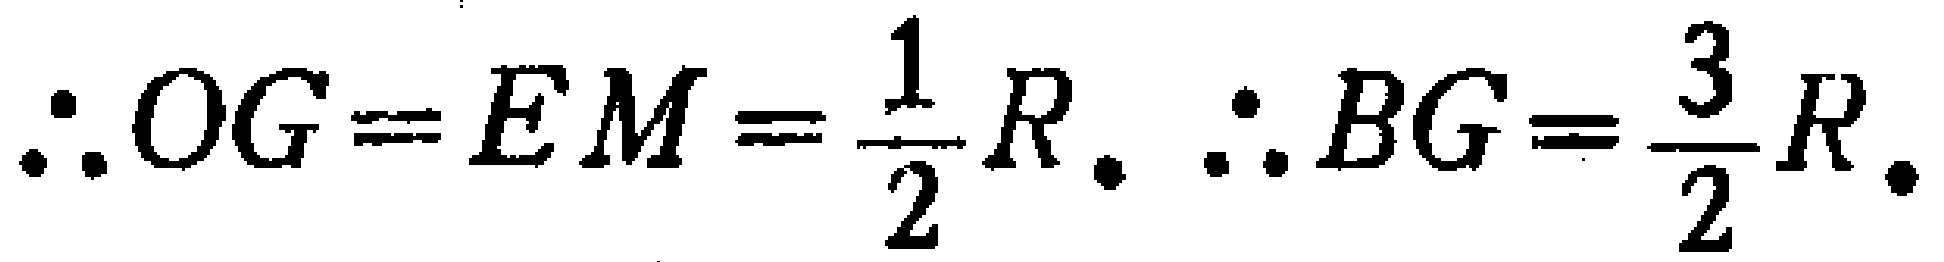
\(\therefore OG = EM = \frac{1}{2}R. \therefore BG = \frac{3}{2}R.\)